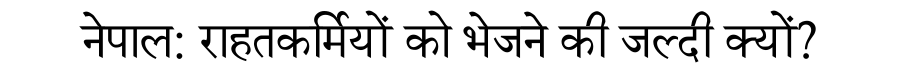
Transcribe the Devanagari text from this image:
नेपाल: राहतकर्मियों को भेजने की जल्दी क्यों?